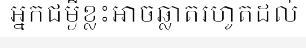
អ្នកជម្ងឺខ្លះអាចឆ្លាតរហូតដល់